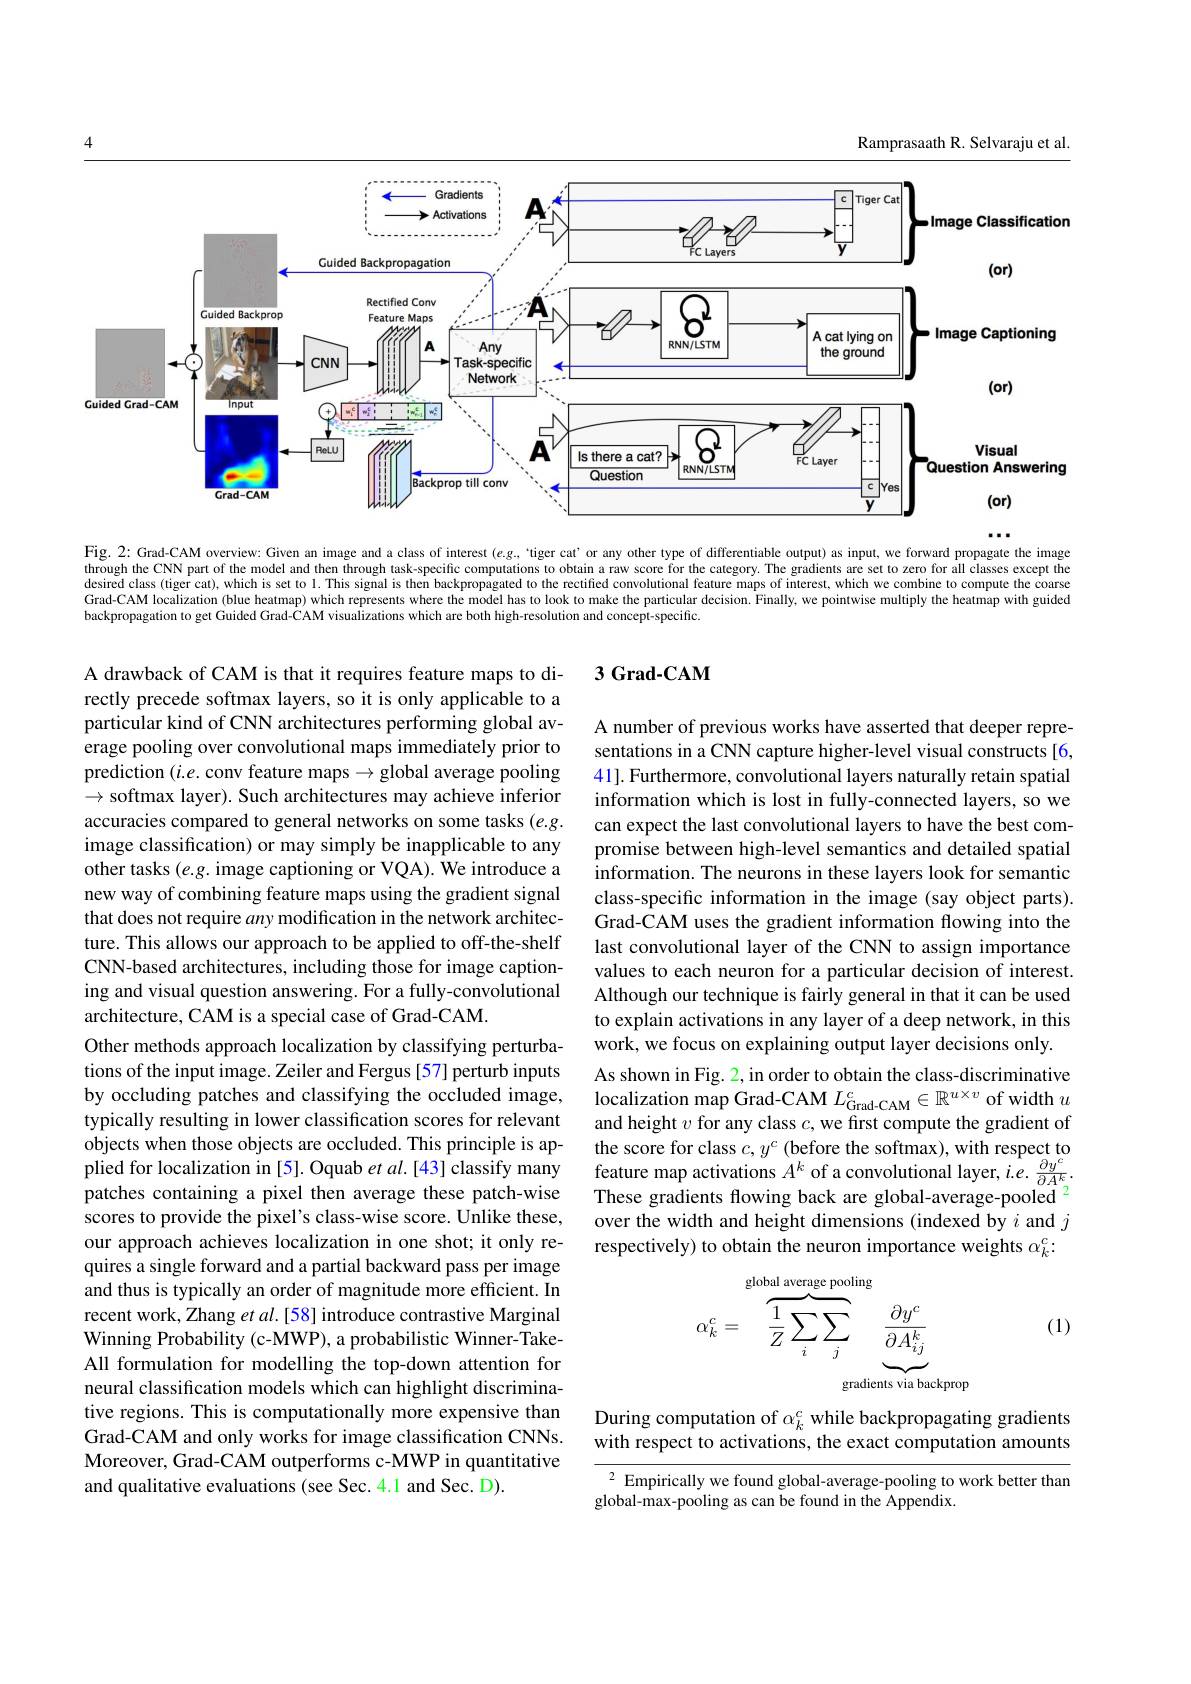
Ramprasaath R. Selvaraju et al.

<FigureHere>
$\cdots\cdots$

Fig. 2: Grad-CAM overview: Given an image and a class of interest $(e.g,`````````ger~cat' or any other type of differentiable output) as i$ hrrough the CNN part of the model and then through task-specific computations to obtain a raw score for the category. The gradients are set to zero for all classes except the desirred class (tiger cat), which is set to 1. This signal is then backpropagated to the rectified convolutional feature maps of interest, which we combine to compute the coarse Grad-CAM localization (blue heatmap) which represents where the model has to look to make the particular decision. Finally, we pointwise multiply the heatmap with guided backpropagation to get Guided Grad-CAM visualizations which are both high-resolution and concept-specific.

### 3 Grad-CAM

A number of previous works have asserted that deeper representations in a CNN capture higher-level visual constructs [6, 41]. Furthermore, convolutional layers naturally retain spatial information which is lost in fully-connected layers, so we can expect the last convolutional layers to have the best compromise between high-level semantics and detailed spatial information. The neurons in these layers look for semantic class-specific information in the image (say object parts). Grad-CAM uses the gradient information flowing into the last convolutional layer of the CNN to assign importance values to each neuron for a particular decision of interest. Although our technique is fairly general in that it can be used to explain activations in any layer of a deep network, in this work, we focus on explaining output layer decisions only. As shown in Fig. 2, in order to obtain the class-discriminative localization map Grad-CAM $L_{\mathrm{Grad-CAM}}^{c}\in\mathbb{R}^{u\times v}$ of width $u$ and height $v$ for any class $c$, we first compute the gradient of the score for class $c,y^c$ (before the softmax), with respect to
plied for localization in [5]. Oquab $etal.\color{red}{[43]}$ classify many feature map activations $A^k$ of a convolutional layer, $ie.\frac{\partial y^c}{\partial A^k}.$patches containing a pixel then average these patch-wise These gradients flowing back are global-average-po
over the width and height dimensions (indexed by $i$ and $j$ respectively) to obtain the neuron importance weights $\alpha_k^c:$

A drawback of CAM is that it requires feature maps to directly precede softmax layers, so it is only applicable to a particular kind of CNN architectures performing global average pooling over convolutional maps immediately prior to prediction $(i.e.$ conv feature maps$\to$global average pooling $\to$ softmax layer). Such architectures may achieve inferior accuracies compared to general networks on some tasks (e.g. image classification) or may simply be inapplicable to any other tasks $(e.g.$ image captioning or VQA). We introduce a new way of combining feature maps using the gradient signal that does not require any modification in the network architecture. This allows our approach to be applied to off-the-shelf CNN-based architectures, including those for image captioning and visual question answering. For a fully-convolutional architecture, CAM is a special case of Grad-CAM.
Other methods approach localization by classifying perturbations of the input image. Zeiler and Fergus [57] perturb inputs by occluding patches and classifying the occluded image, typically resulting in lower classification scores for relevant objects when those objects are occluded. This principle is apscores to provide the pixel's class-wise score. Unlike these, our approach achieves localization in one shot; it only requires a single forward and a partial backward pass per image and thus is typically an order of magnitude more efficient. In recent work, Zhang $etal.[58]$ introduce contrastive Marginal Winning Probability (c-MWP), a probabilistic Winner-TakeAll formulation for modelling the top-down attention for neural classification models which can highlight discriminative regions. This is computationally more expensive than Grad-CAM and only works for image classification CNNs. Moreover, Grad-CAM outperforms c-MWP in quantitative and qualitative evaluations (see Sec.4.1 and Sec. D).
$$\alpha_k^c=\overbrace{\frac{1}{Z}\sum_i\sum_j}^{\text{global average pooling}}\underbrace{\frac{\partial y^c}{\partial A_{ij}^k}}_{\text{gradients via back}}$$
(1)

During computation of $\alpha_k^c$ while backpropagating gradients with respect to activations, the exact computation amounts

$^{2}$ Empirically we found global-average-pooling to work better than
global-max-pooling as can be found in the Appendix.